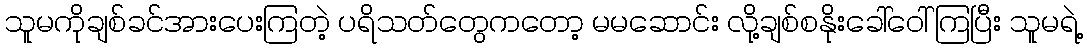
သူမကိုချစ်ခင်အားပေးကြတဲ့ ပရိသတ်တွေကတော့ မမဆောင်း လို့ချစ်စနိုးခေါ်ဝေါ်ကြပြီး သူမရဲ့